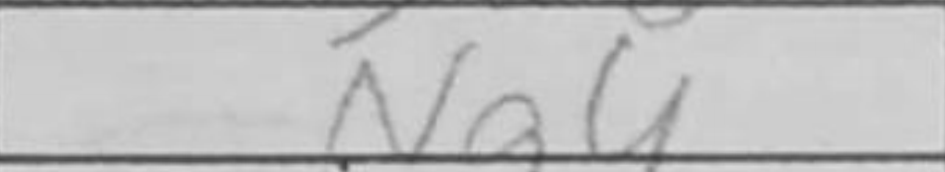
Transcription: Ng4